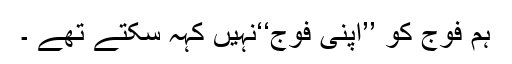
ہم فوج کو ’’اپنی فوج‘‘نہیں کہہ سکتے تھے ۔